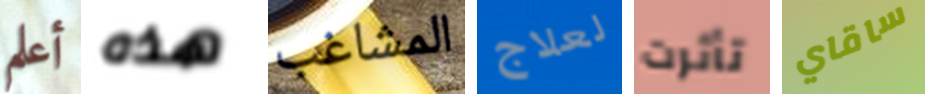
أعلم هذه المشاغب لعلاج تأثرت ساقاي